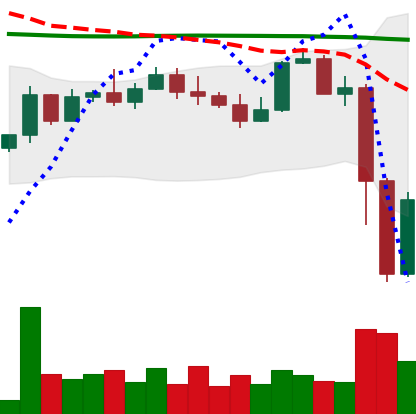
Ticker: NEO-USD
Chart end date: 2022-11-10
Forward return: -5.159%
Label: down_5_7